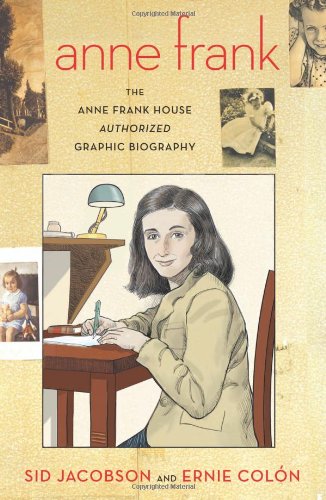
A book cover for Anne Frank: The Anne Frank House Authorized Graphic Biography; Sid Jacobson; Comics & Graphic Novels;